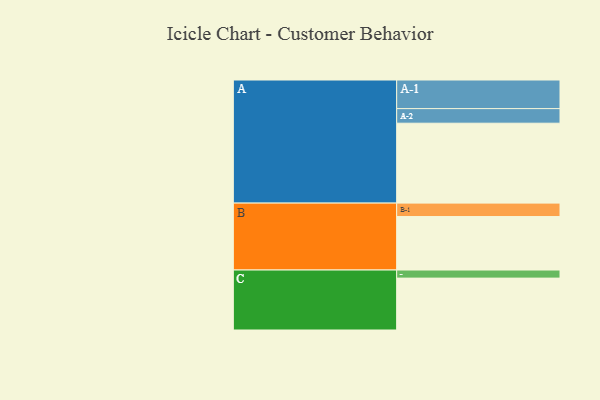
{"axis": {"x": "Segment", "y": "Value"}, "legend": ["", "A", "B", "C"], "data": [{"x": "A", "y": 553, "type": ""}, {"x": "B", "y": 370, "type": ""}, {"x": "C", "y": 359, "type": ""}, {"x": "A-1", "y": 198, "type": "A"}, {"x": "A-2", "y": 101, "type": "A"}, {"x": "B-1", "y": 93, "type": "B"}, {"x": "C-1", "y": 56, "type": "C"}]}